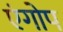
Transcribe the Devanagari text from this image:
एंगोप